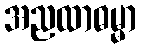
အညထာဓမ္မာ